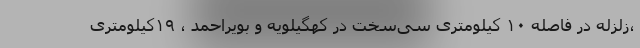
،زلزله در فاصله ۱۰ کیلومتری سی‌سخت در کهگیلویه و بویراحمد ، ۱۹کیلومتری